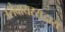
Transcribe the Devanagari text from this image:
उसेवायरसद्वारा